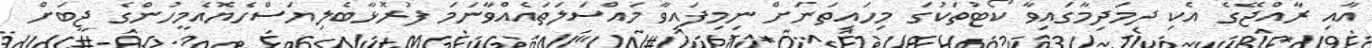
އާއި ރާއްޖޭގެ އެކި ދިމަދިމާގައިވާ ކޯޓުތަކުގަ މިހައިތަނަށް ނިމިފައިވާ މައްސަލަތައެއްވާނަމަ ފުރޮޅާބެލިޔަސްހެޔޮއެމީހުންގެ ޖީބަށް